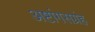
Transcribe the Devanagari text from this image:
अष्टांगसग्रंह